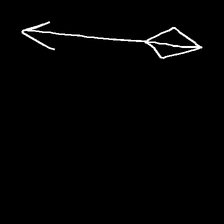
Glyph: focus